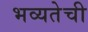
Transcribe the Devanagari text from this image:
भव्यतेची